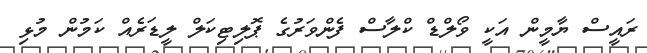
ރައީސް ޔާމީން އަކީ ވޯލްޑް ކްލާސް ފެންވަރުގެ ޕޮލިޓިކަލް ލީޑަރެއް ކަމުން މުޅި